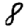
Digit: 8